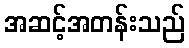
အဆင့်အတန်းသည်